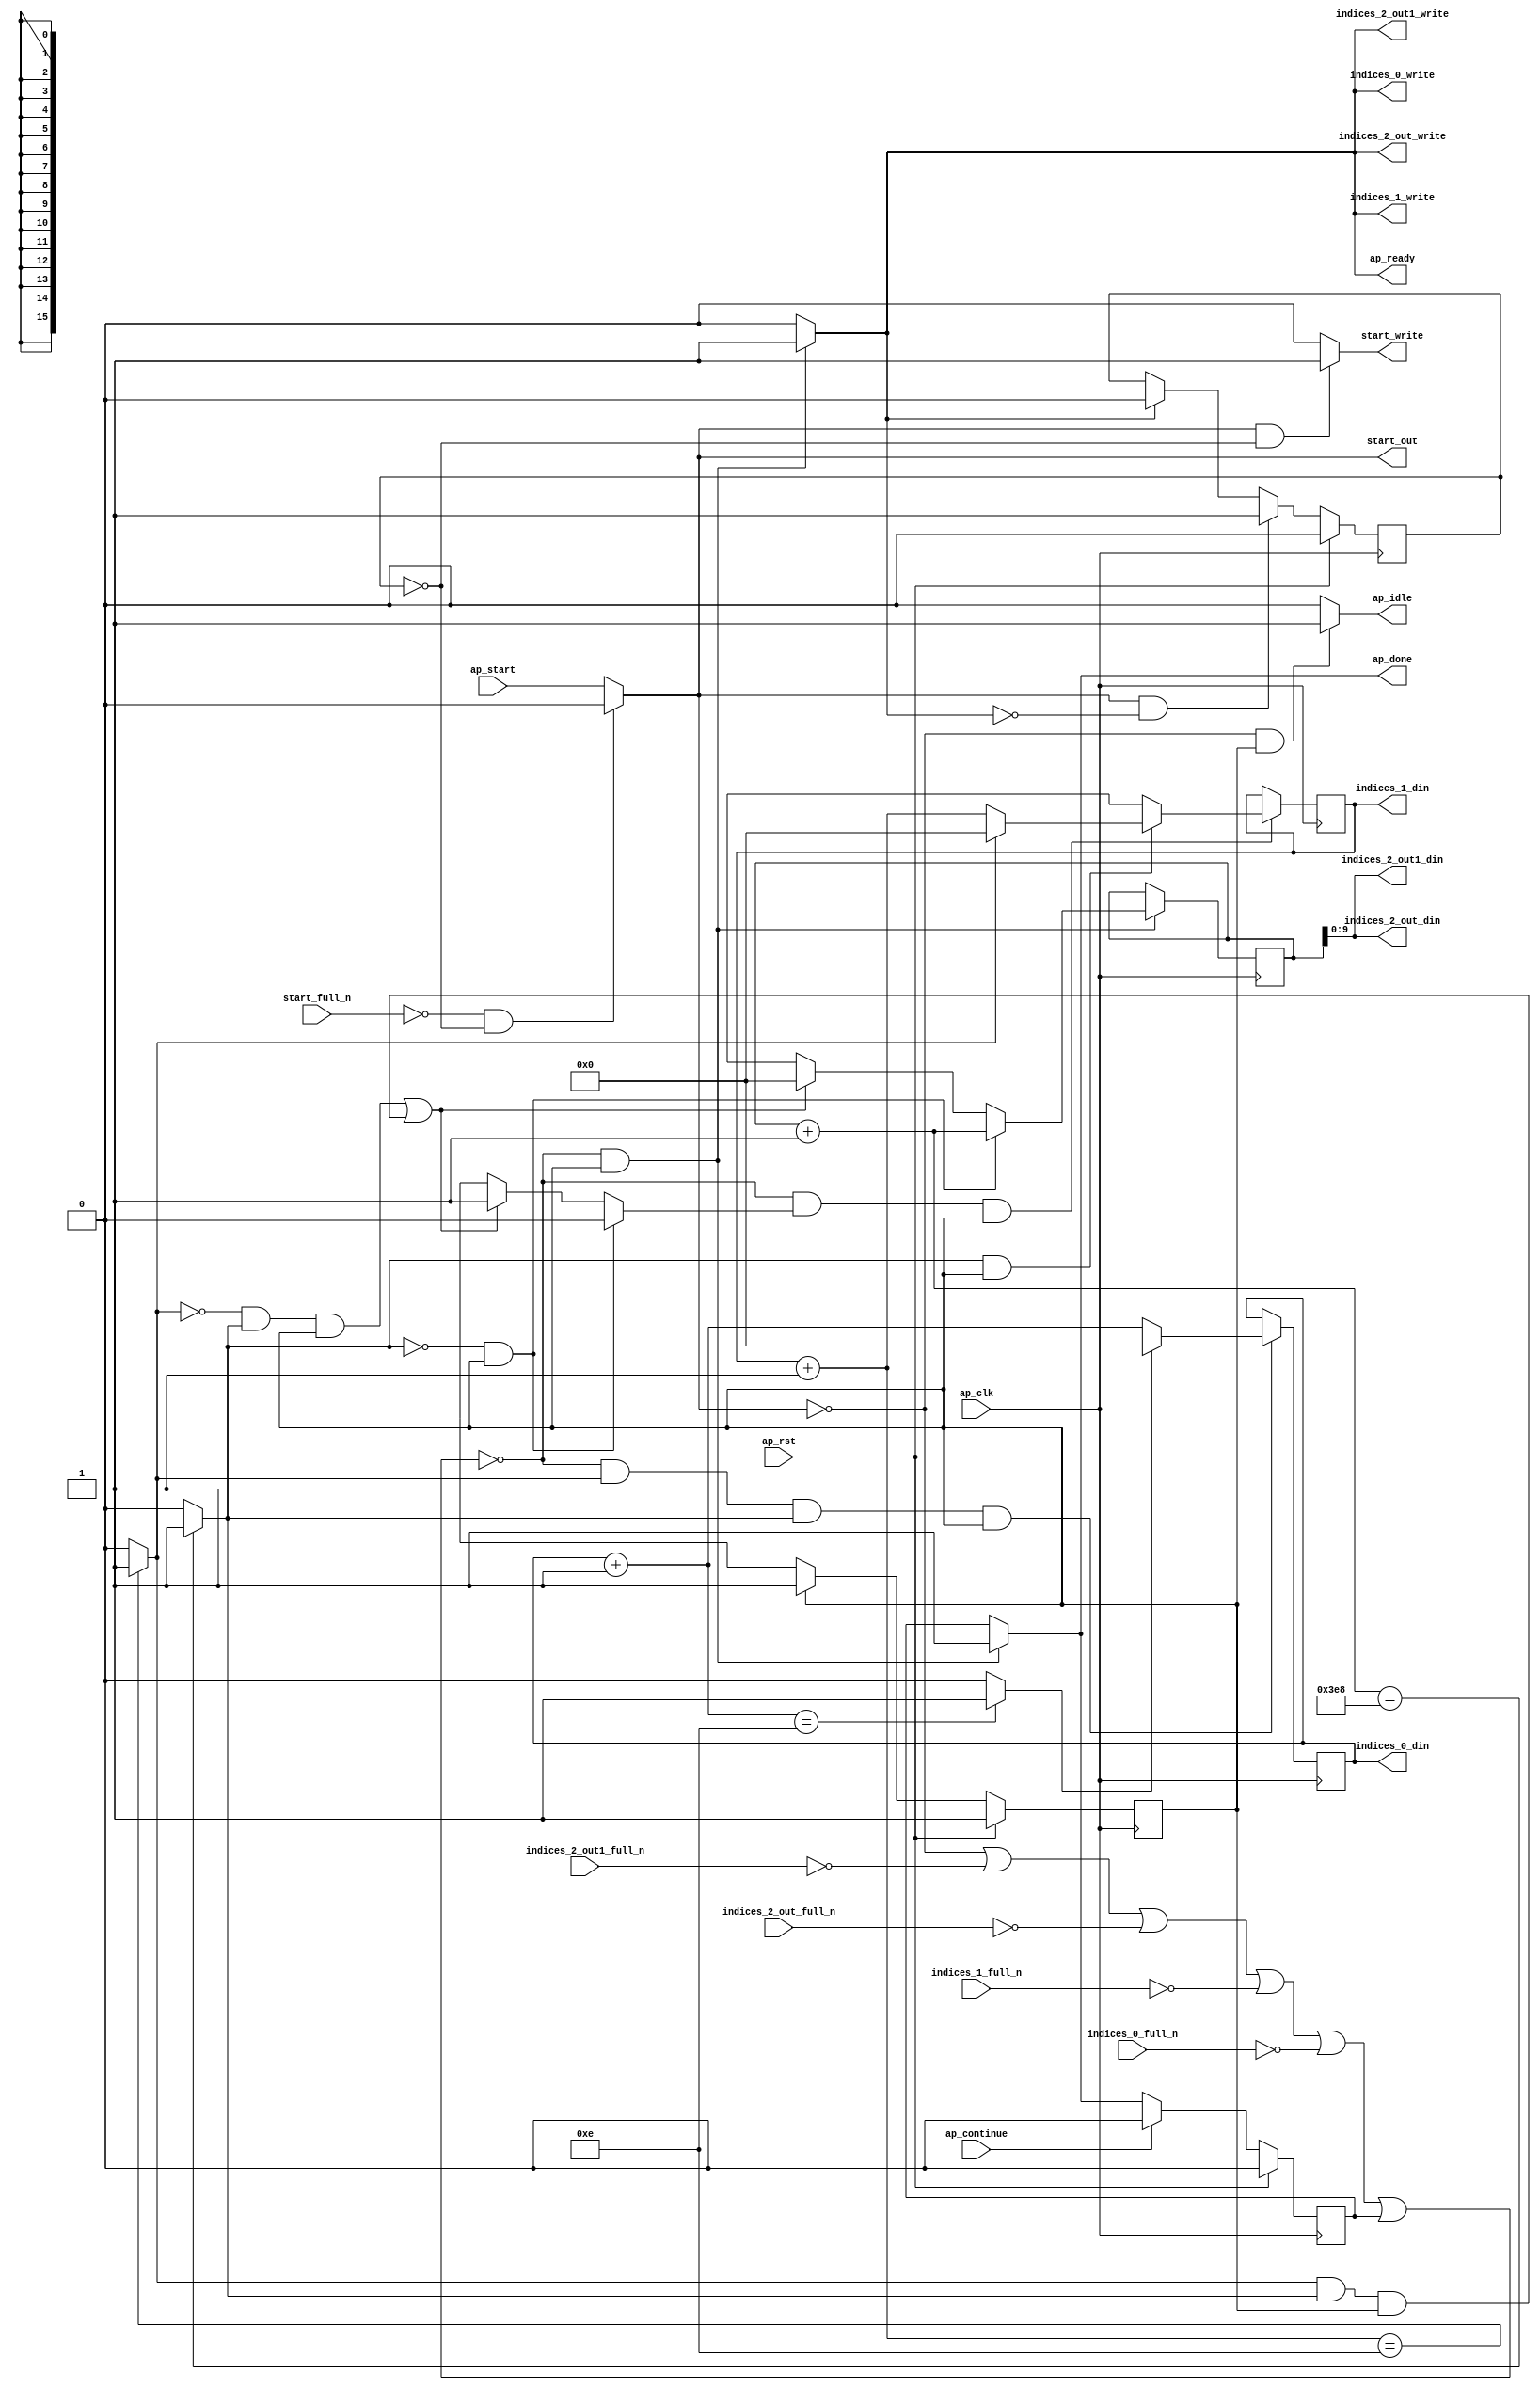
`define EXPONENT 5
`define MANTISSA 10
`define ACTUAL_MANTISSA 11
`define EXPONENT_LSB 10
`define EXPONENT_MSB 14
`define MANTISSA_LSB 0
`define MANTISSA_MSB 9
`define MANTISSA_MUL_SPLIT_LSB 3
`define MANTISSA_MUL_SPLIT_MSB 9
`define SIGN 1
`define SIGN_LOC 15
`define DWIDTH (`SIGN+`EXPONENT+`MANTISSA)
`define IEEE_COMPLIANCE 1

module td_fused_top_tdf12_get_next_ijk (
        ap_clk,
        ap_rst,
        ap_start,
        start_full_n,
        ap_done,
        ap_continue,
        ap_idle,
        ap_ready,
        start_out,
        start_write,
        indices_0_din,
        indices_0_full_n,
        indices_0_write,
        indices_1_din,
        indices_1_full_n,
        indices_1_write,
        indices_2_out_din,
        indices_2_out_full_n,
        indices_2_out_write,
        indices_2_out1_din,
        indices_2_out1_full_n,
        indices_2_out1_write
);

parameter    ap_ST_fsm_state1 = 1'd1;

input   ap_clk;
input   ap_rst;
input   ap_start;
input   start_full_n;
output   ap_done;
input   ap_continue;
output   ap_idle;
output   ap_ready;
output   start_out;
output   start_write;
output  [15:0] indices_0_din;
input   indices_0_full_n;
output   indices_0_write;
output  [15:0] indices_1_din;
input   indices_1_full_n;
output   indices_1_write;
output  [9:0] indices_2_out_din;
input   indices_2_out_full_n;
output   indices_2_out_write;
output  [9:0] indices_2_out1_din;
input   indices_2_out1_full_n;
output   indices_2_out1_write;

reg ap_done;
reg ap_idle;
reg start_write;
reg indices_0_write;
reg indices_1_write;
reg indices_2_out_write;
reg indices_2_out1_write;

reg    real_start;
reg    start_once_reg;
reg    ap_done_reg;
  reg   [0:0] ap_CS_fsm;
wire    ap_CS_fsm_state1;
reg    internal_ap_ready;
reg   [15:0] i_5;
reg   [15:0] j_5;
reg   [15:0] k_5;
reg    indices_0_blk_n;
reg    indices_1_blk_n;
reg    indices_2_out_blk_n;
reg    indices_2_out1_blk_n;
reg   [0:0] ap_phi_mux_j_9_flag_0_i_phi_fu_77_p6;
reg    ap_block_state1;
wire   [0:0] icmp_ln78_fu_141_p2;
wire   [0:0] icmp_ln81_fu_154_p2;
reg   [15:0] ap_phi_mux_j_9_new_0_i_phi_fu_91_p6;
wire   [15:0] add_ln80_fu_147_p2;
reg   [15:0] ap_phi_mux_k_9_new_0_i_phi_fu_104_p6;
wire   [15:0] add_ln77_fu_134_p2;
wire   [15:0] select_ln84_fu_172_p3;
wire   [9:0] trunc_ln76_fu_128_p1;
wire   [15:0] add_ln83_fu_160_p2;
wire   [0:0] icmp_ln84_fu_166_p2;
reg   [0:0] ap_NS_fsm;
wire    ap_ce_reg;

// power-on initialization
initial begin
#0 start_once_reg = 1'b0;
#0 ap_done_reg = 1'b0;
#0 ap_CS_fsm = 1'd1;
#0 i_5 = 16'd0;
#0 j_5 = 16'd0;
#0 k_5 = 16'd0;
end

always @ (posedge ap_clk) begin
    if (ap_rst == 1'b1) begin
        ap_CS_fsm <= ap_ST_fsm_state1;
    end else begin
        ap_CS_fsm <= ap_NS_fsm;
    end
end

always @ (posedge ap_clk) begin
    if (ap_rst == 1'b1) begin
        ap_done_reg <= 1'b0;
    end else begin
        if ((ap_continue == 1'b1)) begin
            ap_done_reg <= 1'b0;
        end else if ((~((real_start == 1'b0) | (indices_2_out1_full_n == 1'b0) | (indices_2_out_full_n == 1'b0) | (indices_1_full_n == 1'b0) | (indices_0_full_n == 1'b0) | (ap_done_reg == 1'b1)) & (1'b1 == ap_CS_fsm_state1))) begin
            ap_done_reg <= 1'b1;
        end
    end
end

always @ (posedge ap_clk) begin
    if (ap_rst == 1'b1) begin
        start_once_reg <= 1'b0;
    end else begin
        if (((real_start == 1'b1) & (internal_ap_ready == 1'b0))) begin
            start_once_reg <= 1'b1;
        end else if ((internal_ap_ready == 1'b1)) begin
            start_once_reg <= 1'b0;
        end
    end
end

always @ (posedge ap_clk) begin
    if ((~((real_start == 1'b0) | (indices_2_out1_full_n == 1'b0) | (indices_2_out_full_n == 1'b0) | (indices_1_full_n == 1'b0) | (indices_0_full_n == 1'b0) | (ap_done_reg == 1'b1)) & (icmp_ln81_fu_154_p2 == 1'd1) & (icmp_ln78_fu_141_p2 == 1'd1) & (1'b1 == ap_CS_fsm_state1))) begin
        i_5 <= select_ln84_fu_172_p3;
    end
end

always @ (posedge ap_clk) begin
    if ((~((real_start == 1'b0) | (indices_2_out1_full_n == 1'b0) | (indices_2_out_full_n == 1'b0) | (indices_1_full_n == 1'b0) | (indices_0_full_n == 1'b0) | (ap_done_reg == 1'b1)) & (ap_phi_mux_j_9_flag_0_i_phi_fu_77_p6 == 1'd1) & (1'b1 == ap_CS_fsm_state1))) begin
        j_5 <= ap_phi_mux_j_9_new_0_i_phi_fu_91_p6;
    end
end

always @ (posedge ap_clk) begin
    if ((~((real_start == 1'b0) | (indices_2_out1_full_n == 1'b0) | (indices_2_out_full_n == 1'b0) | (indices_1_full_n == 1'b0) | (indices_0_full_n == 1'b0) | (ap_done_reg == 1'b1)) & (1'b1 == ap_CS_fsm_state1))) begin
        k_5 <= ap_phi_mux_k_9_new_0_i_phi_fu_104_p6;
    end
end

always @ (*) begin
    if ((~((real_start == 1'b0) | (indices_2_out1_full_n == 1'b0) | (indices_2_out_full_n == 1'b0) | (indices_1_full_n == 1'b0) | (indices_0_full_n == 1'b0) | (ap_done_reg == 1'b1)) & (1'b1 == ap_CS_fsm_state1))) begin
        ap_done = 1'b1;
    end else begin
        ap_done = ap_done_reg;
    end
end

always @ (*) begin
    if (((real_start == 1'b0) & (1'b1 == ap_CS_fsm_state1))) begin
        ap_idle = 1'b1;
    end else begin
        ap_idle = 1'b0;
    end
end

always @ (*) begin
    if (((icmp_ln78_fu_141_p2 == 1'd0) & (1'b1 == ap_CS_fsm_state1))) begin
        ap_phi_mux_j_9_flag_0_i_phi_fu_77_p6 = 1'd0;
    end else if ((((icmp_ln81_fu_154_p2 == 1'd0) & (icmp_ln78_fu_141_p2 == 1'd1) & (1'b1 == ap_CS_fsm_state1)) | ((icmp_ln81_fu_154_p2 == 1'd1) & (icmp_ln78_fu_141_p2 == 1'd1) & (1'b1 == ap_CS_fsm_state1)))) begin
        ap_phi_mux_j_9_flag_0_i_phi_fu_77_p6 = 1'd1;
    end else begin
        ap_phi_mux_j_9_flag_0_i_phi_fu_77_p6 = 'bx;
    end
end

always @ (*) begin
    if (((icmp_ln78_fu_141_p2 == 1'd1) & (1'b1 == ap_CS_fsm_state1))) begin
        if ((icmp_ln81_fu_154_p2 == 1'd0)) begin
            ap_phi_mux_j_9_new_0_i_phi_fu_91_p6 = add_ln80_fu_147_p2;
        end else if ((icmp_ln81_fu_154_p2 == 1'd1)) begin
            ap_phi_mux_j_9_new_0_i_phi_fu_91_p6 = 16'd0;
        end else begin
            ap_phi_mux_j_9_new_0_i_phi_fu_91_p6 = 'bx;
        end
    end else begin
        ap_phi_mux_j_9_new_0_i_phi_fu_91_p6 = 'bx;
    end
end

always @ (*) begin
    if (((icmp_ln78_fu_141_p2 == 1'd0) & (1'b1 == ap_CS_fsm_state1))) begin
        ap_phi_mux_k_9_new_0_i_phi_fu_104_p6 = add_ln77_fu_134_p2;
    end else if ((((icmp_ln81_fu_154_p2 == 1'd0) & (icmp_ln78_fu_141_p2 == 1'd1) & (1'b1 == ap_CS_fsm_state1)) | ((icmp_ln81_fu_154_p2 == 1'd1) & (icmp_ln78_fu_141_p2 == 1'd1) & (1'b1 == ap_CS_fsm_state1)))) begin
        ap_phi_mux_k_9_new_0_i_phi_fu_104_p6 = 16'd0;
    end else begin
        ap_phi_mux_k_9_new_0_i_phi_fu_104_p6 = 'bx;
    end
end

always @ (*) begin
    if ((~((real_start == 1'b0) | (ap_done_reg == 1'b1)) & (1'b1 == ap_CS_fsm_state1))) begin
        indices_0_blk_n = indices_0_full_n;
    end else begin
        indices_0_blk_n = 1'b1;
    end
end

always @ (*) begin
    if ((~((real_start == 1'b0) | (indices_2_out1_full_n == 1'b0) | (indices_2_out_full_n == 1'b0) | (indices_1_full_n == 1'b0) | (indices_0_full_n == 1'b0) | (ap_done_reg == 1'b1)) & (1'b1 == ap_CS_fsm_state1))) begin
        indices_0_write = 1'b1;
    end else begin
        indices_0_write = 1'b0;
    end
end

always @ (*) begin
    if ((~((real_start == 1'b0) | (ap_done_reg == 1'b1)) & (1'b1 == ap_CS_fsm_state1))) begin
        indices_1_blk_n = indices_1_full_n;
    end else begin
        indices_1_blk_n = 1'b1;
    end
end

always @ (*) begin
    if ((~((real_start == 1'b0) | (indices_2_out1_full_n == 1'b0) | (indices_2_out_full_n == 1'b0) | (indices_1_full_n == 1'b0) | (indices_0_full_n == 1'b0) | (ap_done_reg == 1'b1)) & (1'b1 == ap_CS_fsm_state1))) begin
        indices_1_write = 1'b1;
    end else begin
        indices_1_write = 1'b0;
    end
end

always @ (*) begin
    if ((~((real_start == 1'b0) | (ap_done_reg == 1'b1)) & (1'b1 == ap_CS_fsm_state1))) begin
        indices_2_out1_blk_n = indices_2_out1_full_n;
    end else begin
        indices_2_out1_blk_n = 1'b1;
    end
end

always @ (*) begin
    if ((~((real_start == 1'b0) | (indices_2_out1_full_n == 1'b0) | (indices_2_out_full_n == 1'b0) | (indices_1_full_n == 1'b0) | (indices_0_full_n == 1'b0) | (ap_done_reg == 1'b1)) & (1'b1 == ap_CS_fsm_state1))) begin
        indices_2_out1_write = 1'b1;
    end else begin
        indices_2_out1_write = 1'b0;
    end
end

always @ (*) begin
    if ((~((real_start == 1'b0) | (ap_done_reg == 1'b1)) & (1'b1 == ap_CS_fsm_state1))) begin
        indices_2_out_blk_n = indices_2_out_full_n;
    end else begin
        indices_2_out_blk_n = 1'b1;
    end
end

always @ (*) begin
    if ((~((real_start == 1'b0) | (indices_2_out1_full_n == 1'b0) | (indices_2_out_full_n == 1'b0) | (indices_1_full_n == 1'b0) | (indices_0_full_n == 1'b0) | (ap_done_reg == 1'b1)) & (1'b1 == ap_CS_fsm_state1))) begin
        indices_2_out_write = 1'b1;
    end else begin
        indices_2_out_write = 1'b0;
    end
end

always @ (*) begin
    if ((~((real_start == 1'b0) | (indices_2_out1_full_n == 1'b0) | (indices_2_out_full_n == 1'b0) | (indices_1_full_n == 1'b0) | (indices_0_full_n == 1'b0) | (ap_done_reg == 1'b1)) & (1'b1 == ap_CS_fsm_state1))) begin
        internal_ap_ready = 1'b1;
    end else begin
        internal_ap_ready = 1'b0;
    end
end

always @ (*) begin
    if (((start_full_n == 1'b0) & (start_once_reg == 1'b0))) begin
        real_start = 1'b0;
    end else begin
        real_start = ap_start;
    end
end

always @ (*) begin
    if (((real_start == 1'b1) & (start_once_reg == 1'b0))) begin
        start_write = 1'b1;
    end else begin
        start_write = 1'b0;
    end
end

always @ (*) begin
    case (ap_CS_fsm)
        ap_ST_fsm_state1 : begin
            ap_NS_fsm = ap_ST_fsm_state1;
        end
        default : begin
            ap_NS_fsm = 'bx;
        end
    endcase
end

assign add_ln77_fu_134_p2 = (k_5 + 16'd1);

assign add_ln80_fu_147_p2 = (j_5 + 16'd1);

assign add_ln83_fu_160_p2 = (i_5 + 16'd1);

assign ap_CS_fsm_state1 = ap_CS_fsm[32'd0];

always @ (*) begin
    ap_block_state1 = ((real_start == 1'b0) | (indices_2_out1_full_n == 1'b0) | (indices_2_out_full_n == 1'b0) | (indices_1_full_n == 1'b0) | (indices_0_full_n == 1'b0) | (ap_done_reg == 1'b1));
end

assign ap_ready = internal_ap_ready;

assign icmp_ln78_fu_141_p2 = ((add_ln77_fu_134_p2 == 16'd1000) ? 1'b1 : 1'b0);

assign icmp_ln81_fu_154_p2 = ((add_ln80_fu_147_p2 == 16'd14) ? 1'b1 : 1'b0);

assign icmp_ln84_fu_166_p2 = ((add_ln83_fu_160_p2 == 16'd14) ? 1'b1 : 1'b0);

assign indices_0_din = i_5;

assign indices_1_din = j_5;

assign indices_2_out1_din = trunc_ln76_fu_128_p1;

assign indices_2_out_din = trunc_ln76_fu_128_p1;

assign select_ln84_fu_172_p3 = ((icmp_ln84_fu_166_p2[0:0] == 1'b1) ? 16'd0 : add_ln83_fu_160_p2);

assign start_out = real_start;

assign trunc_ln76_fu_128_p1 = k_5[9:0];

endmodule //td_fused_top_tdf12_get_next_ijk